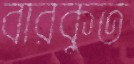
বারকুত